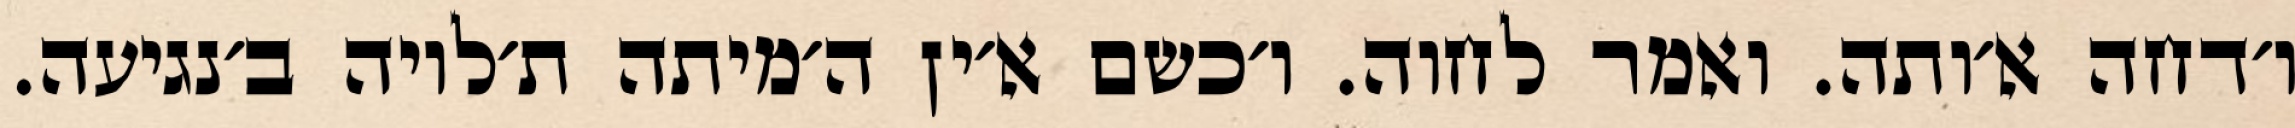
ו׳דחה א׳ותה. ואמר לחוה. ו׳כשם א׳ין ה׳מיתה ת׳לויה ב׳נגיעה.